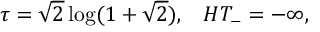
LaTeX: \tau = \sqrt { 2 } \log ( 1 + \sqrt { 2 } ) , \; \; \; H T _ { - } = - \infty ,